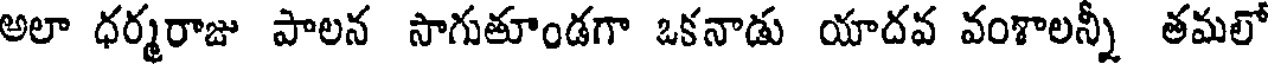
అలా ధర్మరాజు పాలన సాగుతూండగా ఒకనాడు యాదవ వంశాలన్నీ తమలో